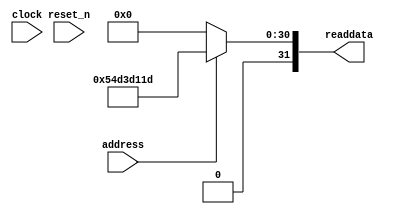
module niosII_system_sysid_qsys_0_7 (
                address,
                clock,
                reset_n,
                readdata
             )
;
  output  [ 31: 0] readdata;
  input            address;
  input            clock;
  input            reset_n;
  wire    [ 31: 0] readdata;
  assign readdata = address ? 1423167773 : 0;
endmodule